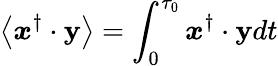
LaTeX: \left\langle\boldsymbol{x}^{\dagger}\cdot\boldsymbol{\mathbf{y}}\right\rangle=\int_{0}^{\tau_{0}}\boldsymbol{x}^{\dagger}\cdot\boldsymbol{\mathbf{y}}dt